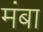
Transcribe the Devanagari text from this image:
मंबा